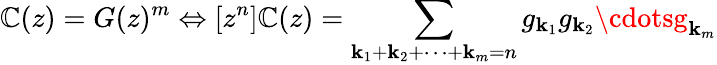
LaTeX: \mathbb{C}(z)=G(z)^{m}\Leftrightarrow[z^{n}]\mathbb{C}(z)=\sum_{\mathbf{k}_{1}+\mathbf{k}_{2}+\cdots+\mathbf{k}_{m}=n}g_{\mathbf{k}_{1}}g_{\mathbf{k}_{2}}\cdotsg_{\mathbf{k}_{m}}